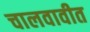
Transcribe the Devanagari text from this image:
चालवावीत